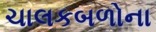
ચાલકબળોના